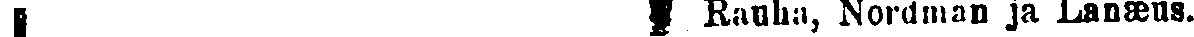
# # Rauha, Nordman ja Lanæus.